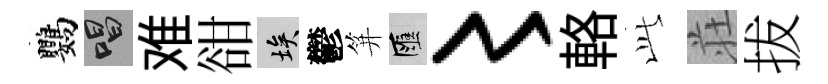
鸚唱难𧮳埃鬱笄匯〻輅𬼘荘拔